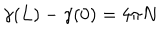
\gamma ( L ) - \gamma ( 0 ) = 4 \pi N